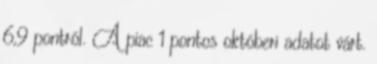
6,9 pontról. A piac 1 pontos októberi adatot várt.